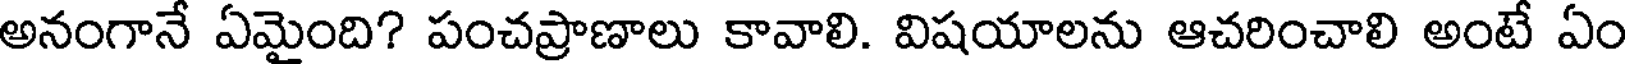
అనంగానే ఏమైంది? పంచప్రాణాలు కావాలి. విషయాలను ఆచరించాలి అంటే ఏం